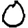
Digit: 0